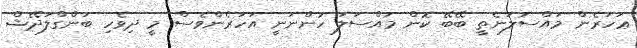
ޢަހަރެން މަަައްސަލަނެތީ ބޭބޭ ކޮން މައްސަލަ ހުންނަނީ އަހަރެންވެސް މީ ދިވެހި ބަންގްލަދޭޝް